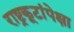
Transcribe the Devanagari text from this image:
राष्ट्रकूटांपेक्षा